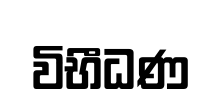
විභීධණ